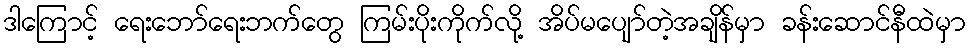
ဒါကြောင့် ရေးဘော်ရေးဘက်တွေ ကြမ်းပိုးကိုက်လို့ အိပ်မပျော်တဲ့အချိန်မှာ ခန်းဆောင်နီထဲမှာ